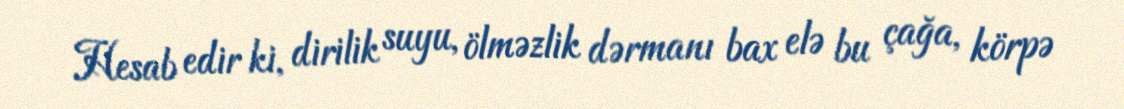
Hesab edir ki, dirilik suyu, ölməzlik dərmanı bax elə bu çağa, körpə